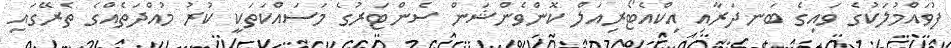
ފުވައްމުލަކުގެ ވައިގެ ބަނދަރާއި އިކްއެޓޯރިއަލް ކޮންވެންޝަން ސެންޓަރުގެ މަސައްކަތަކީ ކުރު މުއްދަތެއްގެ ތެރޭގައި